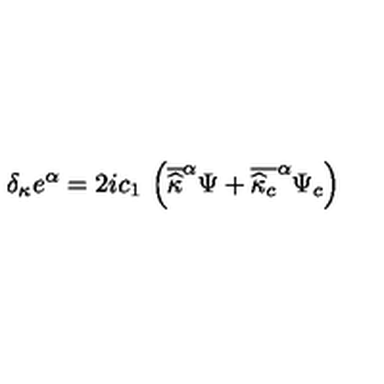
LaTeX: \delta _ { \kappa } e ^ { \alpha } = 2 i c _ { 1 } \: \left( \overline { { \widehat { \kappa } } } ^ { \alpha } \Psi + \overline { { \widehat { \kappa } _ { c } } } ^ { \alpha } \Psi _ { c } \right)